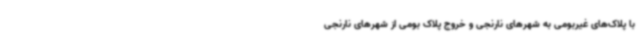
با پلاک‌های غیربومی به شهرهای نارنجی و خروج پلاک بومی از شهرهای نارنجی